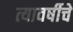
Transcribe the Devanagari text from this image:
त्यावर्षीचे